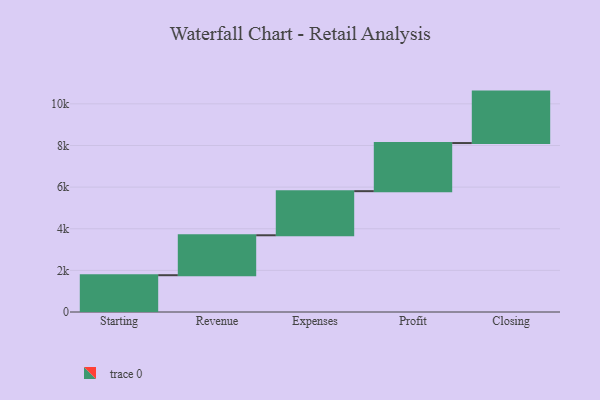
{"axis": {"x": "Step", "y": "Value"}, "legend": [""], "data": [{"x": "Starting", "y": 1768.0, "type": ""}, {"x": "Revenue", "y": 1918.0, "type": ""}, {"x": "Expenses", "y": 2119.0, "type": ""}, {"x": "Profit", "y": 2312.0, "type": ""}, {"x": "Closing", "y": 2471.0, "type": ""}]}